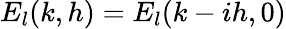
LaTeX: E_{l}(k,h)=E_{l}(k-ih,0)